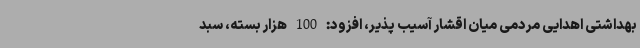
بهداشتی اهدایی مردمی میان اقشار آسیب پذیر، افزود: 100 هزار بسته، سبد